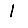
Digit: 1